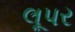
લૂપર